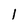
Character: 1